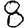
Digit: 8